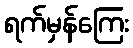
ရက်မှန်ကြေး